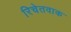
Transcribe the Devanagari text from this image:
रिचेतवाक